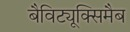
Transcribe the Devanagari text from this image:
बैविट्यूक्सिमैब